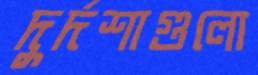
দুর্দশাগুলো